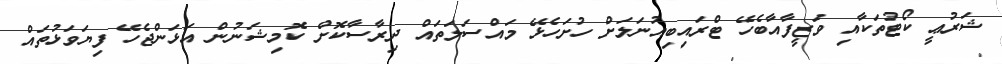
ޝަރުޢީ ކޯޓުތަކާއި ވަޒީފާއާބެހޭ ޓްރައިބިއުނަލަށް ހުށަހެޅޭ މައްސަލަތައް ދިރާސާކޮށް ކޮމިޝަނުން އަޅަންޖެހޭ ފިޔަވަޅުތައް